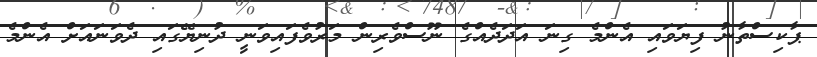
ޕާކިސްތާނު ފިޔަވައި އެންމެ ގިނަ އަދަދެއްގެ ނޫސްވެރިން މަރުވެފައިވަނީ ދުނިޔޭގައި ދެވަނައަށް އެންމެ